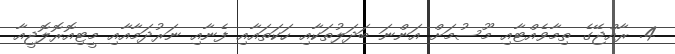
4. ރާއްޖޭގެ ތިމާވެއްޓާއި މޫސުމަށް އަންނަ ބަދަލުތަކާއި ހަކަތައާއި ފެނާއި ނަރުދަމާއާއި މީޓިއޮރޮލޮޖީއާ